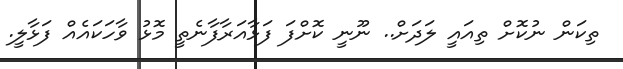
ތިކަން ނުކޮށް ތިއައީ ލަދަށް.. ނޫނީ ކޮށްފަ ފަޅާއަރާފާނެތީ މޮޅު ވާހަކައެއް ފަޅާލީ.